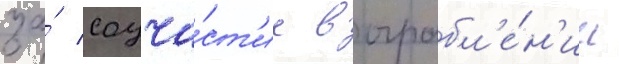
за́ соуча́ст'ие в ограбл'е́н'ии